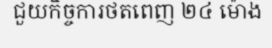
ជួយកិច្ចការថតពេញ ២៤ ម៉ោង